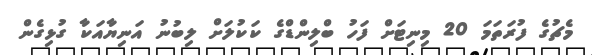
މެޗުގެ ފުރަތަމަ 20 މިނިޓަށް ފަހު ބްލިންޑްގެ ކަކުލަށް ލިބުނު އަނިޔާއަކާ ގުޅިގެން